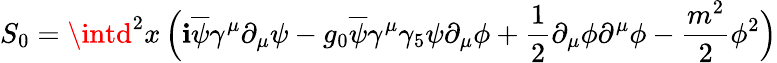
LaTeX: S_{0}=\intd^{2}x\, \Big(\mathbf{i}\overline{{{\psi}}}\gamma^{\mu}\partial_{\mu}\psi-g_{0}\overline{{{\psi}}}\gamma^{\mu}\gamma_{5}\psi\partial_{\mu}\phi+{\frac{{1}}{{2}}}\partial_{\mu}\phi\partial^{\mu}\phi-{\frac{{m^{2}}}{{2}}}\phi^{2}\Big)